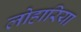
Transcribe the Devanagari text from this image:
लोहारिया